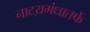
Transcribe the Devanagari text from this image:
नाटय़गंधातर्फे